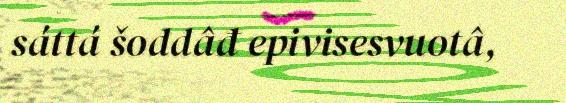
sáttá šoddâđ epivisesvuotâ,